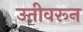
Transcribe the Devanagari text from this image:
उतीवरून